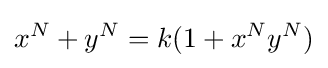
x^{N}+y^{N}=k(1+x^{N}y^{N})